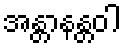
အန္တာနန္တဝါ